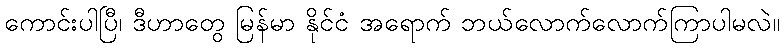
ကောင်းပါပြီ၊ ဒီဟာတွေ မြန်မာ နိုင်ငံ အရောက် ဘယ်လောက်လောက်ကြာပါမလဲ။